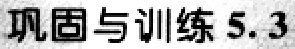
巩固与训练 5.3